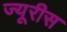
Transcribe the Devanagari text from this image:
ज्यूरीस